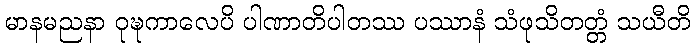
မာနမညနာ ဝုဍ္ဎကာလေပိ ပါဏာတိပါတဿ ပဿာနံ သံဖုသိတတ္တံ သယီတိ